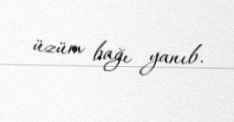
üzüm bağı yanıb.